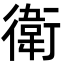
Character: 衛